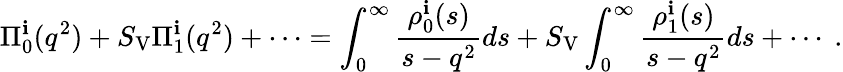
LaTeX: \Pi_{0}^{\mathbf{i}}(q^{2})+S_{\mathrm{{V}}}\Pi_{1}^{\mathbf{i}}(q^{2})+\cdots=\int_{0}^{\infty}{\frac{{\rho_{0}^{\mathbf{i}}(s)}}{{s-q^{2}}}}ds+S_{\mathrm{{V}}}\int_{0}^{\infty}{\frac{{\rho_{1}^{\mathbf{i}}(s)}}{{s-q^{2}}}}ds+\cdots\ .